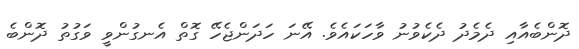
ދޮންބެއާއި ދެމެދު ދެކެވުނު ވާހަކައެވެ. އޭނަ ހަދަންޖެހޭ ގޮތް އެނގުންވީ ވަގުތު ދޮންބެ